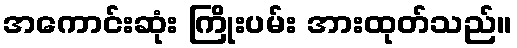
အကောင်းဆုံး ကြိုးပမ်း အားထုတ်သည်။